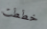
خططت